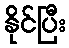
နိုင်ပြီး